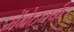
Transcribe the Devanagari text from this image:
मेंनेटवर्क